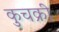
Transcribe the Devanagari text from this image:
कुचक्री